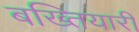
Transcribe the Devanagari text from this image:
बख्तियारी